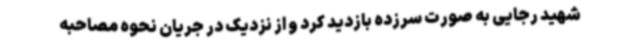
شهید رجایی به صورت سرزده بازدید کرد و از نزدیک در جریان نحوه مصاحبه